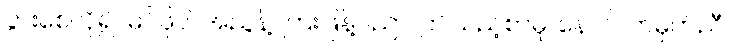
ပွားစေလို၍၊ မဂ်ဖိုလ်အညွန့်၊ ကြဲးဖြန့်ပညာ၊ ဤသည့်စာမူ၊ နောင်လာမှတ်ညီ၊